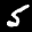
Label: 5